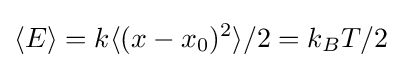
\langle E\rangle =k\langle (x-x_{0})^{2}\rangle /2=k_{B}T/2